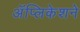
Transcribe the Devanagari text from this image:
अॅप्लिकेशने